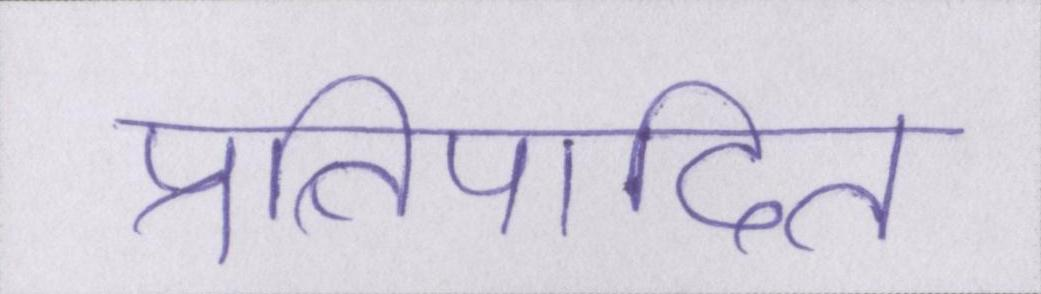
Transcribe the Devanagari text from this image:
प्रतिपादित